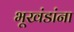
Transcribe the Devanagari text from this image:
भूखंडांना